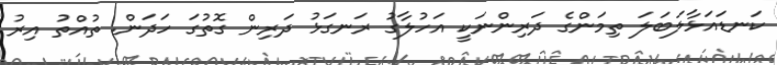
ކަނޑައަޅާލަބަލަ ތިމަންގެ ދަރިންނަކީ އަހުލާގު ރަނގަޅު ދަރިން ގޮތުގަ ހަދަން. ތުއްތު އިރު